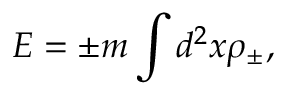
E = \pm m \int d ^ { 2 } x { \rho } _ { \pm } ,